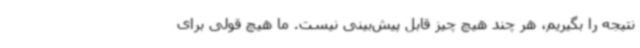
نتیجه را بگیریم، هر چند هیچ چیز قابل پیش‌بینی نیست. ما هیچ قولی برای